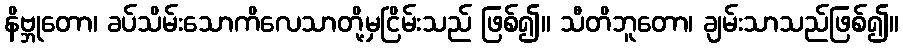
နိဗ္ဘုတော၊ ခပ်သိမ်းသောကိလေသာတို့မှငြိမ်းသည် ဖြစ်၍။ သီတိဘူတော၊ ချမ်းသာသည်ဖြစ်၍။